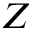
{ \cal Z }